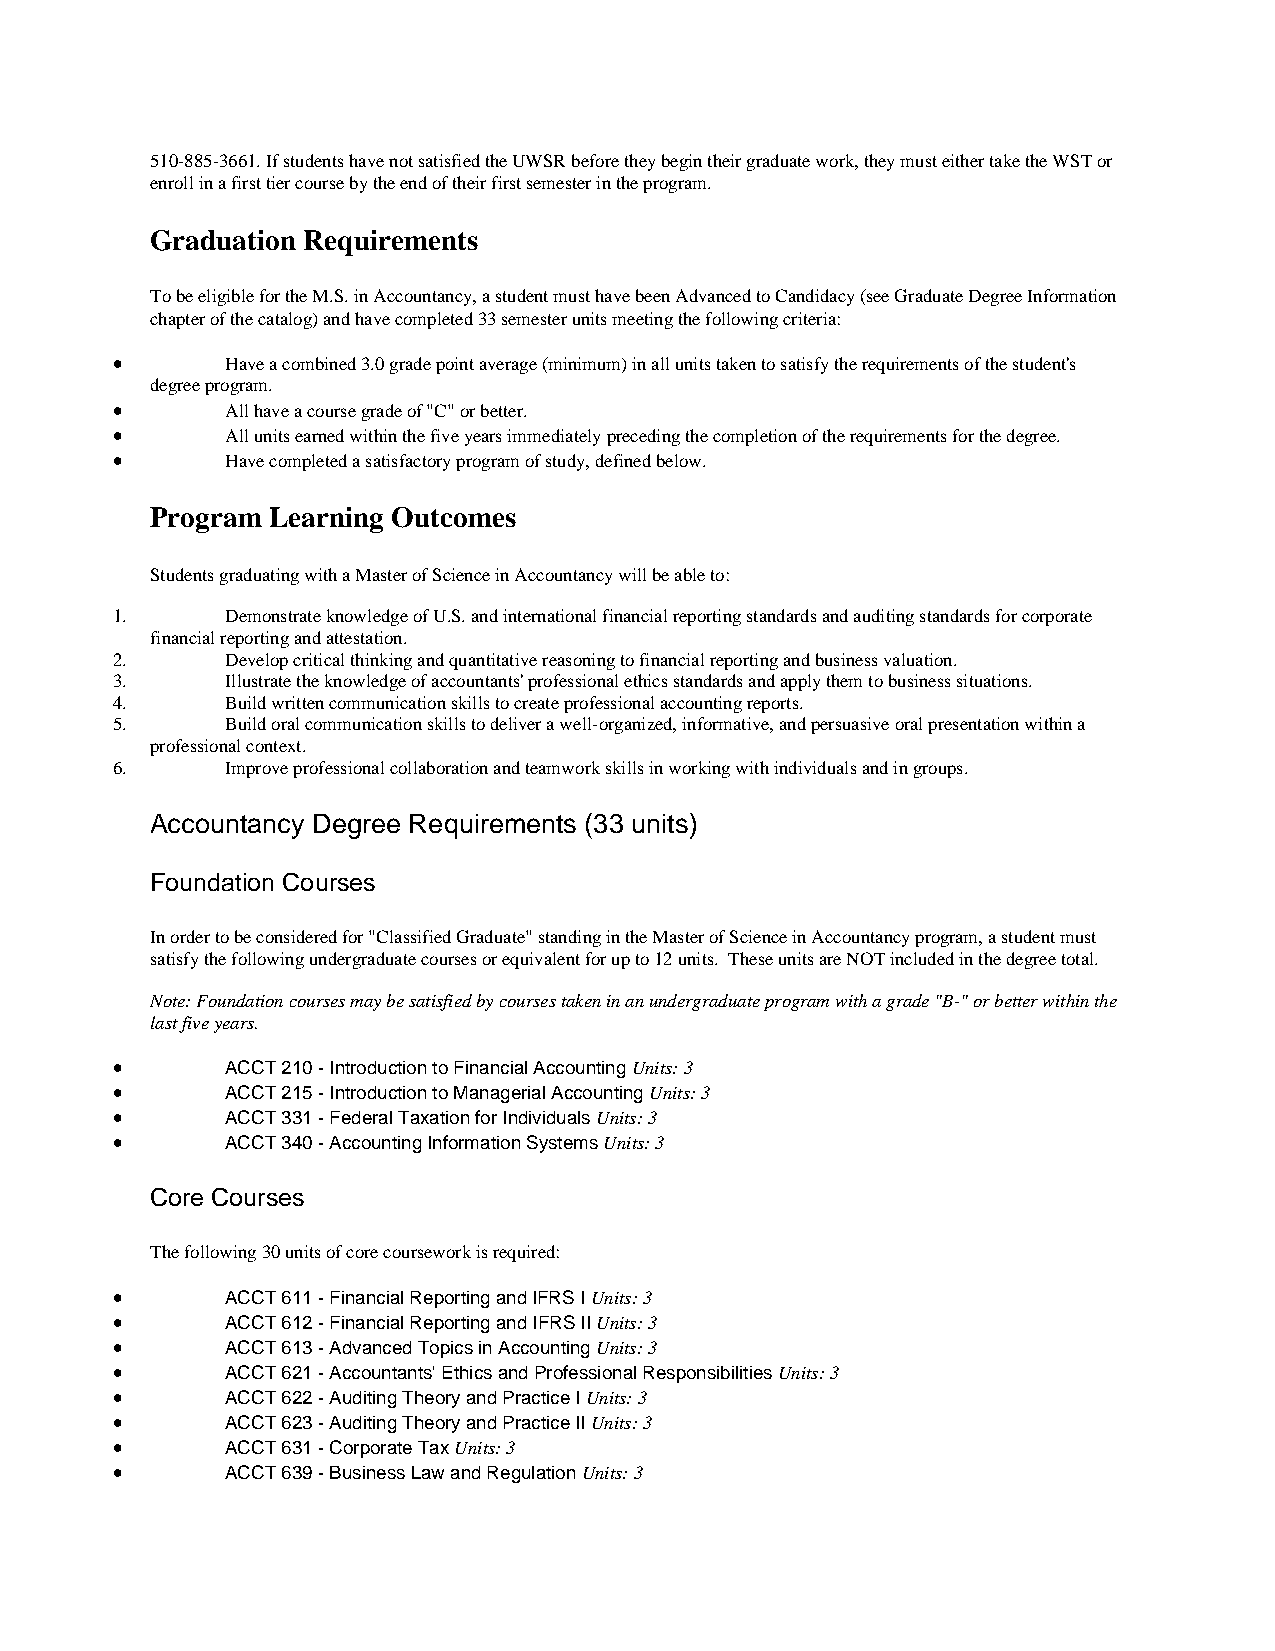
510-885-3661. If students have not satisfied the UWSR before they begin their graduate work, they must either take the WST or
 enroll in a first tier course by the end of their first semester in the program.
 Graduation Requirements
 To be eligible for the M.S. in Accountancy, a student must have been Advanced to Candidacy (see Graduate Degree Information
 chapter of the catalog) and have completed 33 semester units meeting the following criteria:
 •       Have a combined 3.0 grade point average (minimum) in all units taken to satisfy the requirements of the student's
 degree program.
 •       All have a course grade of "C" or better.
 •       All units earned within the five years immediately preceding the completion of the requirements for the degree.
 •       Have completed a satisfactory program of study, defined below.
 Program Learning Outcomes
 Students graduating with a Master of Science in Accountancy will be able to:
 1.      Demonstrate knowledge of U.S. and international financial reporting standards and auditing standards for corporate
 financial reporting and attestation.
 2.      Develop critical thinking and quantitative reasoning to financial reporting and business valuation.
 3.      Illustrate the knowledge of accountants' professional ethics standards and apply them to business situations.
 4.      Build written communication skills to create professional accounting reports.
 5.      Build oral communication skills to deliver a well-organized, informative, and persuasive oral presentation within a
 professional context.
 6.      Improve professional collaboration and teamwork skills in working with individuals and in groups.
 Accountancy Degree Requirements (33 units)
 Foundation Courses
 In order to be considered for "Classified Graduate" standing in the Master of Science in Accountancy program, a student must
 satisfy the following undergraduate courses or equivalent for up to 12 units. These units are NOT included in the degree total.
 Note: Foundation courses may be satisfied by courses taken in an undergraduate program with a grade "B-" or better within the
 last five years.
 •       ACCT 210 - Introduction to Financial Accounting Units: 3
 •       ACCT 215 - Introduction to Managerial Accounting Units: 3
 •       ACCT 331 - Federal Taxation for Individuals Units: 3
 •       ACCT 340 - Accounting Information Systems Units: 3
 Core Courses
 The following 30 units of core coursework is required:
 •       ACCT 611 - Financial Reporting and IFRS I Units: 3
 •       ACCT 612 - Financial Reporting and IFRS II Units: 3
 •       ACCT 613 - Advanced Topics in Accounting Units: 3
 •       ACCT 621 - Accountants' Ethics and Professional Responsibilities Units: 3
 •       ACCT 622 - Auditing Theory and Practice I Units: 3
 •       ACCT 623 - Auditing Theory and Practice II Units: 3
 •       ACCT 631 - Corporate Tax Units: 3
 •       ACCT 639 - Business Law and Regulation Units: 3